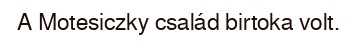
A Motesiczky család birtoka volt.